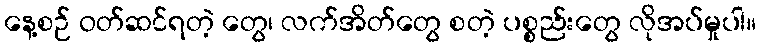
နေ့စဉ် ဝတ်ဆင်ရတဲ့ တွေ၊ လက်အိတ်တွေ စတဲ့ ပစ္စည်းတွေ လိုအပ်မှုပါ။